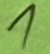
Text: 1